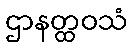
ဌာနတ္ထဝသံ